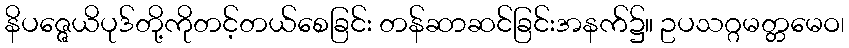
နိပဇ္ဇေယိပုဒ်တို့ကိုတင့်တယ်စေခြင်း တန်ဆာဆင်ခြင်းအနက်၌။ ဥပသဂ္ဂမတ္တမေဝ၊